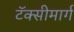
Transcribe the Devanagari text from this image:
टॅक्सीमार्ग